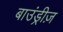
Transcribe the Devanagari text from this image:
बाउंड्रीज़